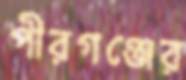
পীরগঞ্জের